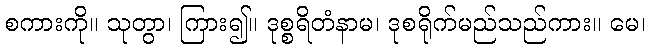
စကားကို။ သုတွာ၊ ကြား၍။ ဒုစ္စရိတံနာမ၊ ဒုစရိုက်မည်သည်ကား။ မေ၊